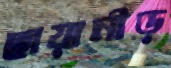
ছায়ানীড়